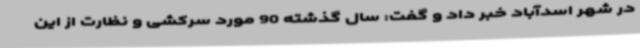
در شهر اسدآباد خبر داد و گفت: سال گذشته 90 مورد سرکشی و نظارت از این